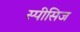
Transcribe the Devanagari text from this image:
स्पीसिज